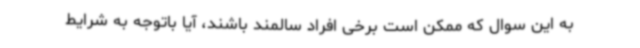
به این سوال که ممکن است برخی افراد سالمند باشند، آیا باتوجه به شرایط